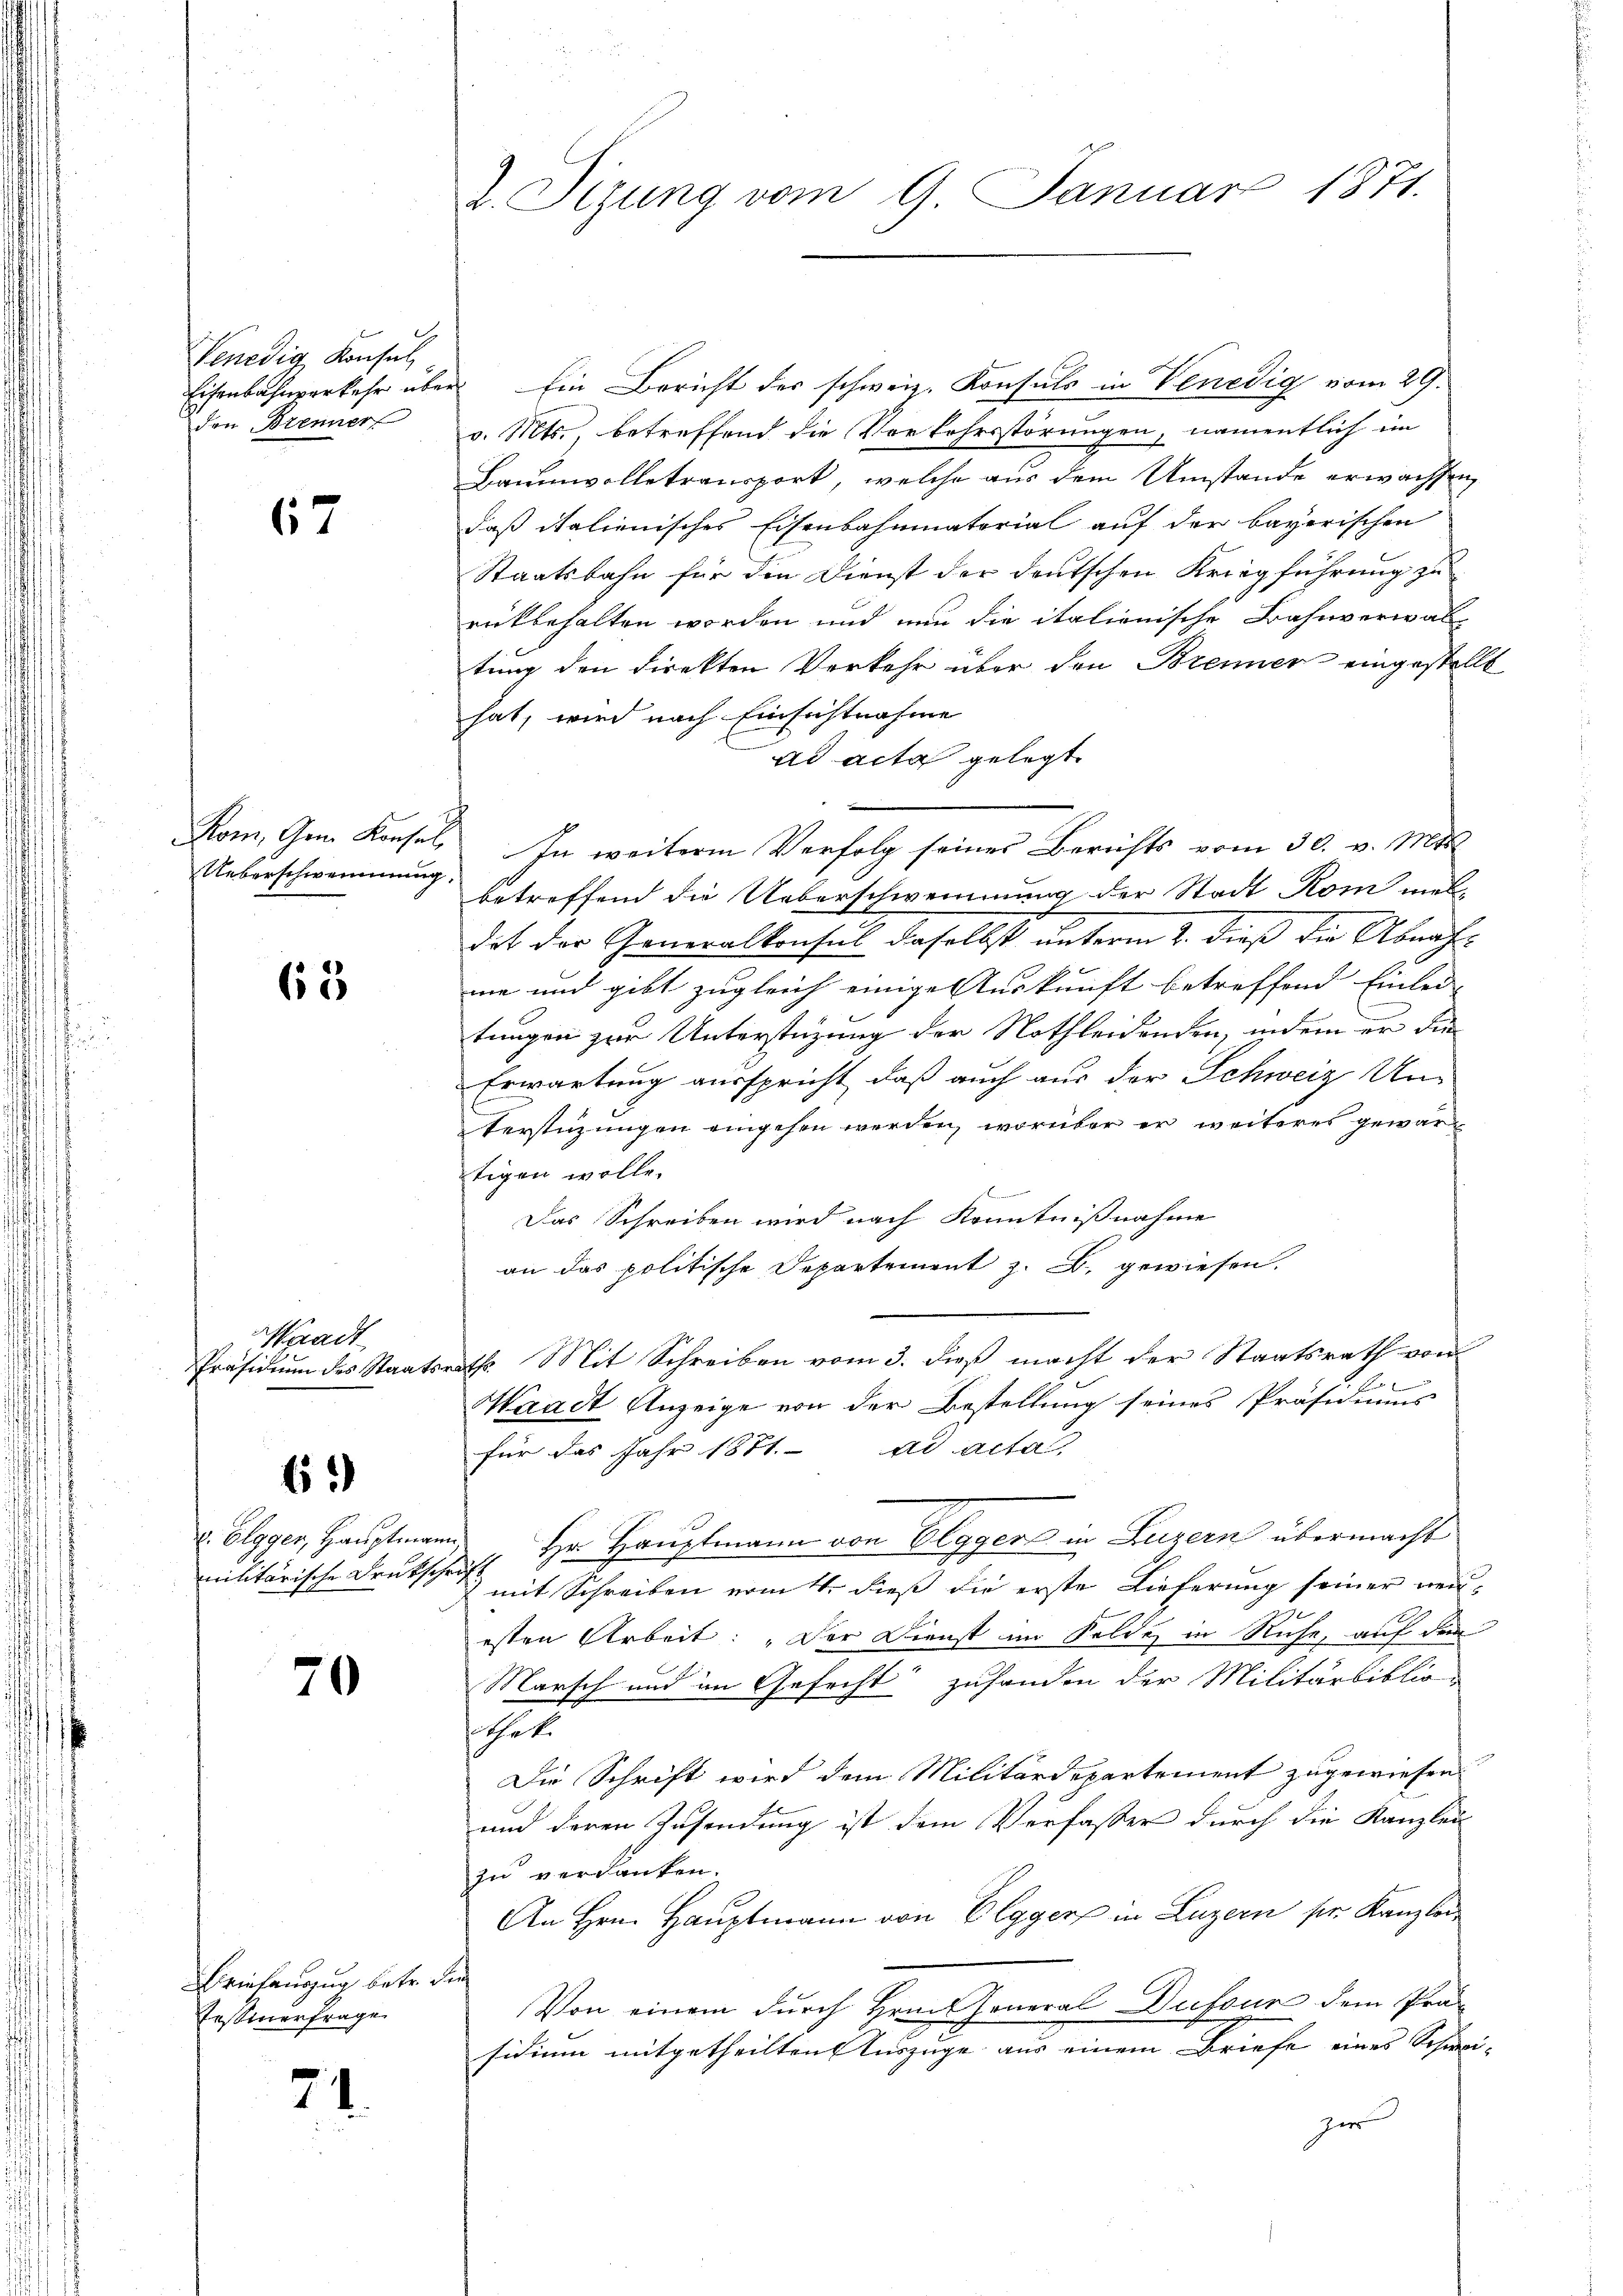
Venedig, Konsul,
Eisenbahnverkehr über
den Brenner

67

Kom, Gem. Konsul
Ueberschwemmung

65

6.)

x. Elgger, Hauptmann
militärische Druksche

70

71.
.

gadt
Präsidium des Staats¬

Briefenszug betr.
Fessenerfrage

J. Sizung vom 9. Januar 1871.

Ein Bericht des schweiz. Konsuls in Venedig vom 29.
v. Mts., betreffend die Vorkehrsstörungen, namentlich im
Baumwolletransport, welche aus dem Umstände erwachsen,
daß italienisches Eisenbahnmatorial auf der bayerischen
Staatsbahn für den Dienst der deutschen Kriegführung zu
reckbehalten worden und nun die italienische Bahnverwal-
tung den direkten Verkehr über den Brenner eingestellt
hat, wird nach Einsichtnahme
ad acta gelegt.
In weitere Verfolg seines Berichts vom 30. v. Mts.
betreffend die Ueberschwemmung der Stadt Rom mei-
dit der Generalkonsul daselbst unterm 2. dieß die Abnahme und gibt zugleich einige Auskunft betreffend Einlei- |
tungen zur Unterstüzung der Nothleidenden, indem er die
Erwartung ausspricht, daß auch aus der Schweiz Un-
terstüzungen eingehen werden, worüber er weiteres gewärtigen wolle.
Das Schreiben wird nach Kenntnißnahme
an das politische Departement z. B. gewiesen.
th. Mit Schreiben vom 3. dieß macht der Staatsrath von
Waadt Anzeige von der Bestellung seines Präsidiums
für das Jahr 1871. ad acta,
Hr. Hauptmann von Elggers in Luzern übermacht
.
mit Schreiben vom 4. dieß die erste Lieferung seiner neu-
esten Arbeit: „Der Dienst im Felde in Ruhe, auf dem
Marsch und im Gefecht“ zuhanden der Militärbiblion
Die Schrift wird dem Militärdepartement zugewiesen
und deren Zusendung ist dem Verfasser durch die Kanzlei
zu verdanken.
An Hrn. Hauptmann von Elgger in Luzern pr. Kanzlei
Von einem durch Hrn. General Dufour dem Prä-
sidium mitgetheilten Kurzüge aus einem Briefe eines Schwei-
zer